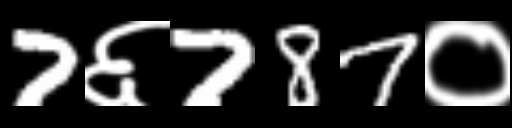
Text: 7६787०